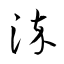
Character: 染